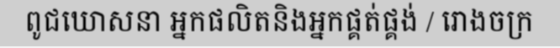
ពូជឃោសនា អ្នកផលិតនិងអ្នកផ្គត់ផ្គង់ / រោងចក្រ